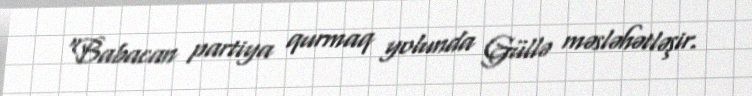
“Babacan partiya qurmaq yolunda Güllə məsləhətləşir.